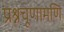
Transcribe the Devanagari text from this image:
प्रश्नचूणामणि